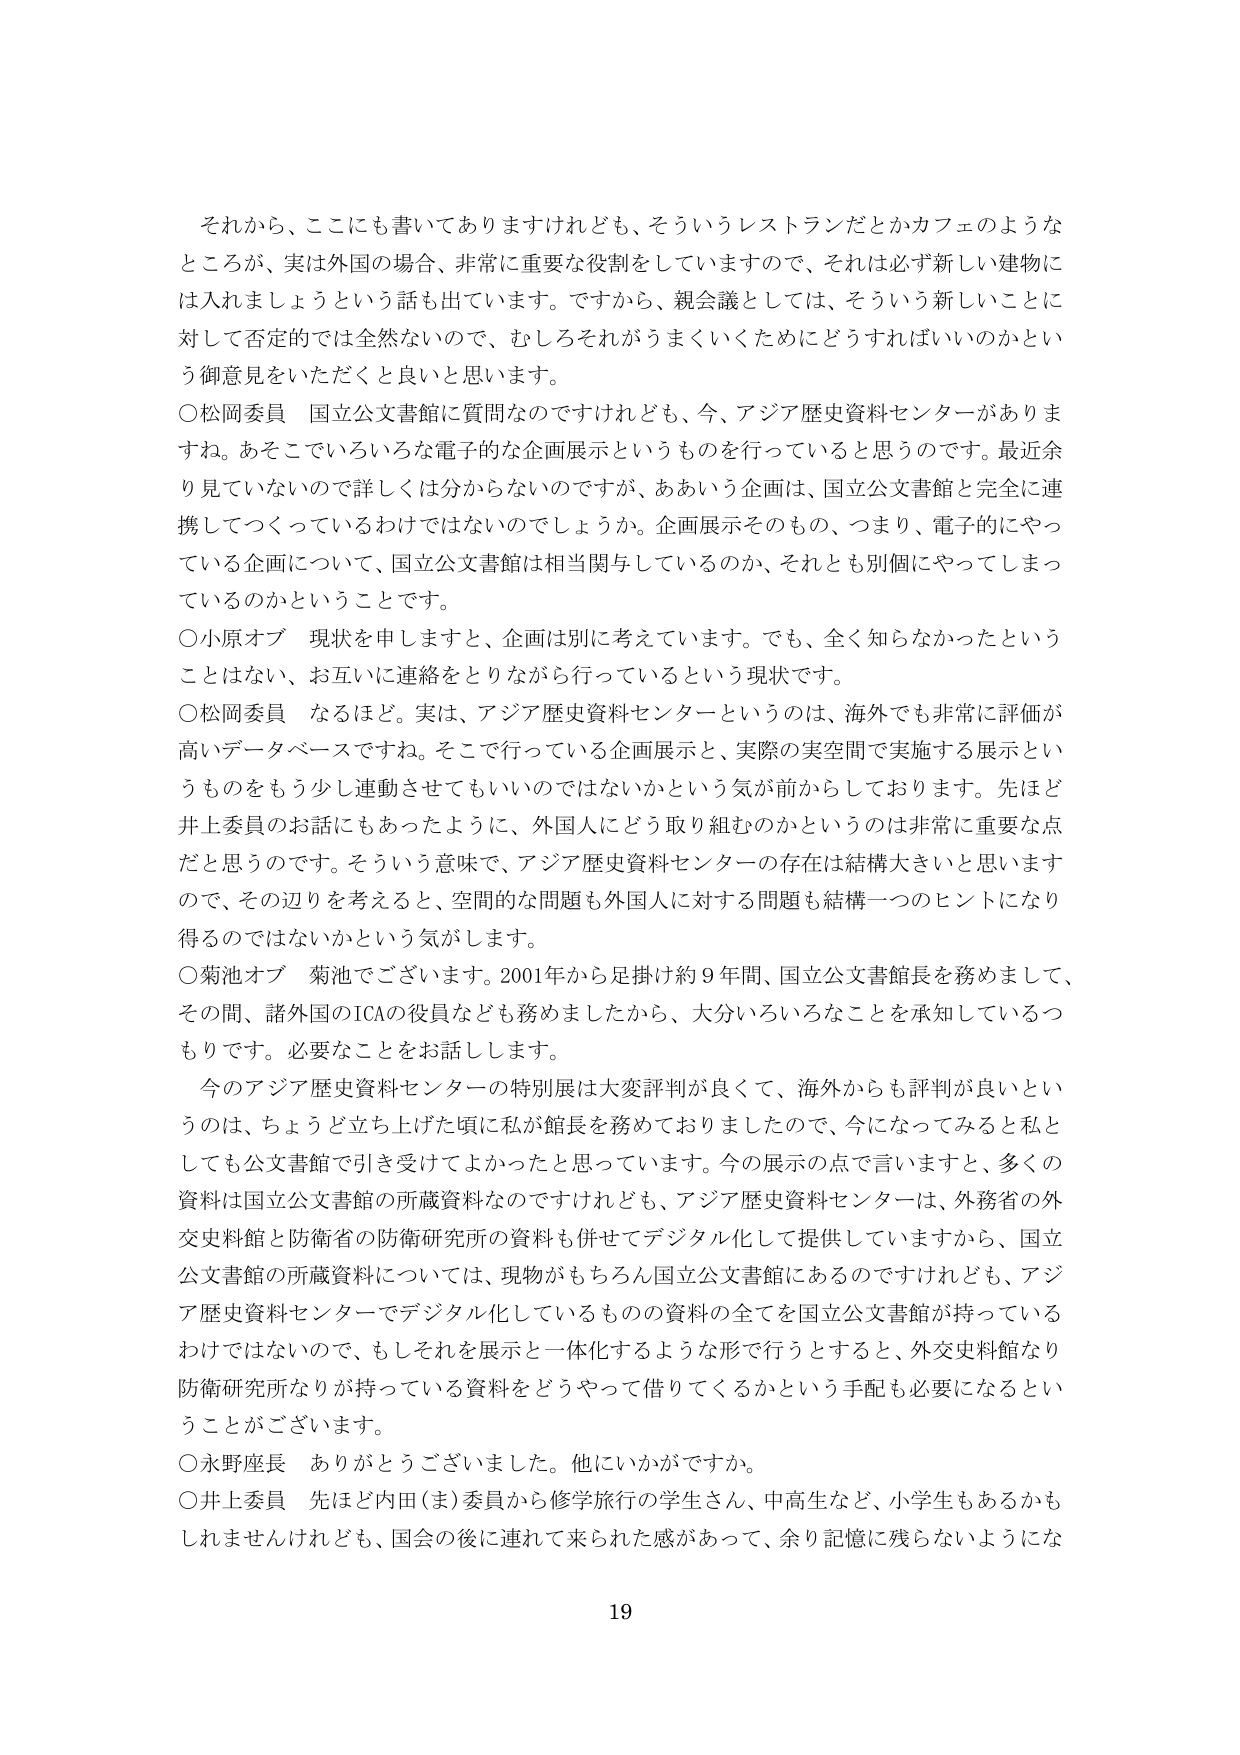
それから、ここにも書いてありますけれども、そういうレストランだとかカフェのようなところが、実は外国の場合、非常に重要な役割をしていますので、それは必ず新しい建物には入れましょうという話も出ています。ですから、親会議としては、そういう新しいことに対して否定的では全然ないので、むしろそれがうまくいくためにどうすればいいのかという御意見をいただくと良いと思います。

○松岡委員　国立公文書館に質問なのですがけれども、今、アジア歴史資料センターがありますね。あそこでいろいろな電子的な企画展示というものを行っていると思うのです。最近余り見ていないので詳しくは分からないのですが、ああいう企画は、国立公文書館と完全に連携してつくっているわけではないのでしょうか。企画展示そのもの、つまり、電子的にやっている企画について、国立公文書館は相当関与しているのか、それとも別個にやってしまっているのかということです。

○小原オブ　現状を申しますと、企画は別に考えています。でも、全く知らなかったということはない、お互いに連絡をとりながら行っているという現状です。

○松岡委員　なるほど。実は、アジア歴史資料センターというのは、海外でも非常に評価が高いデータベースですね。そこで行っている企画展示と、実際の実空間で実施する展示というものをもう少し連動させてもいいのではないかという気が前からしておりります。先ほど井上委員のお話にもあったように、外国人にどう取り組むのかというのは非常に重要な点だと思うのです。そういう意味で、アジア歴史資料センターの存在は結構大きいと思いますので、その辺りを考えると、空間的な問題も外国人に対する問題も結構一つのヒントになり得るのではないかという気がします。

○菊池オブ　菊池でございます。2001年から足掛け約9年間、国立公文書館長を務めまして、その間、諸外国のICAの役員なども務めましたから、大分いろいろなことを承知しているつもりです。必要なことをお話しさします。

今のアジア歴史資料センターの特別展は大変評判が良くて、海外からも評判が良いというのは、ちょうど立ち上げた頃に私が館長を務めておりましたので、今になってみると私としても公文書館で引き受けてよかったと思っています。今の展示の点で言いますと、多くの資料は国立公文書館の所蔵資料なのですがけれども、アジア歴史資料センターは、外務省の外交史料館と防衛省の防衛研究所の資料も併せてデジタル化して提供していますから、国立公文書館の所蔵資料については、現物がもちろん国立公文書館にあるのですがけれども、アジア歴史資料センターでデジタル化しているものの資料の全てを国立公文書館が持っているわけではないので、もしそれを展示と一体化するような形で行うとすると、外交史料館なり防衛研究所なりが持っている資料をどうやって借りてくるかという手配も必要になるということをございます。

○永野座長　ありがとうございました。他にいかがですか。

○井上委員　先ほど内田（ま）委員から修学旅行の学生さん、中高生など、小学生もあるかもしれませんが、国会の後に連れて来られた感があって、余り記憶に残らないようにな

19